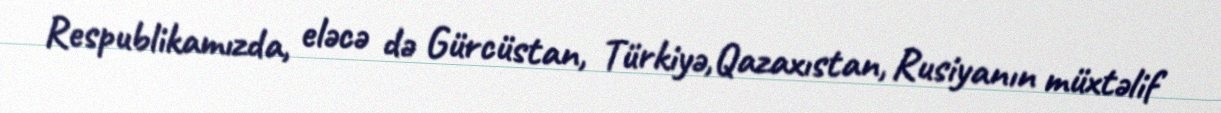
Respublikamızda, eləcə də Gürcüstan, Türkiyə,Qazaxıstan, Rusiyanın müxtəlif